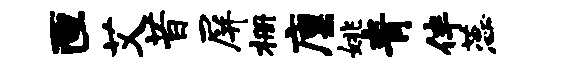
匣艾昔屏栅廪姚青伴蕊